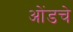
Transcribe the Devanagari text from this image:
ओंडचे